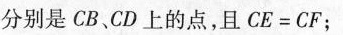
分别是CB、CD上的点，且$$C E = C F$$ ；